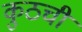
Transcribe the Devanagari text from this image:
कुठची